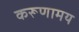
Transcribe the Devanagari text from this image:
करूणामय